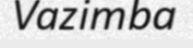
Vazimba